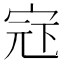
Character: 𪧍